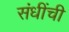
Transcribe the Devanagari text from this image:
संधींची